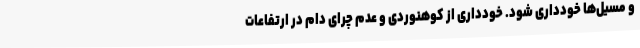
و مسیل‌ها خودداری شود. خودداری از کوهنوردی و عدم چرای دام در ارتفاعات